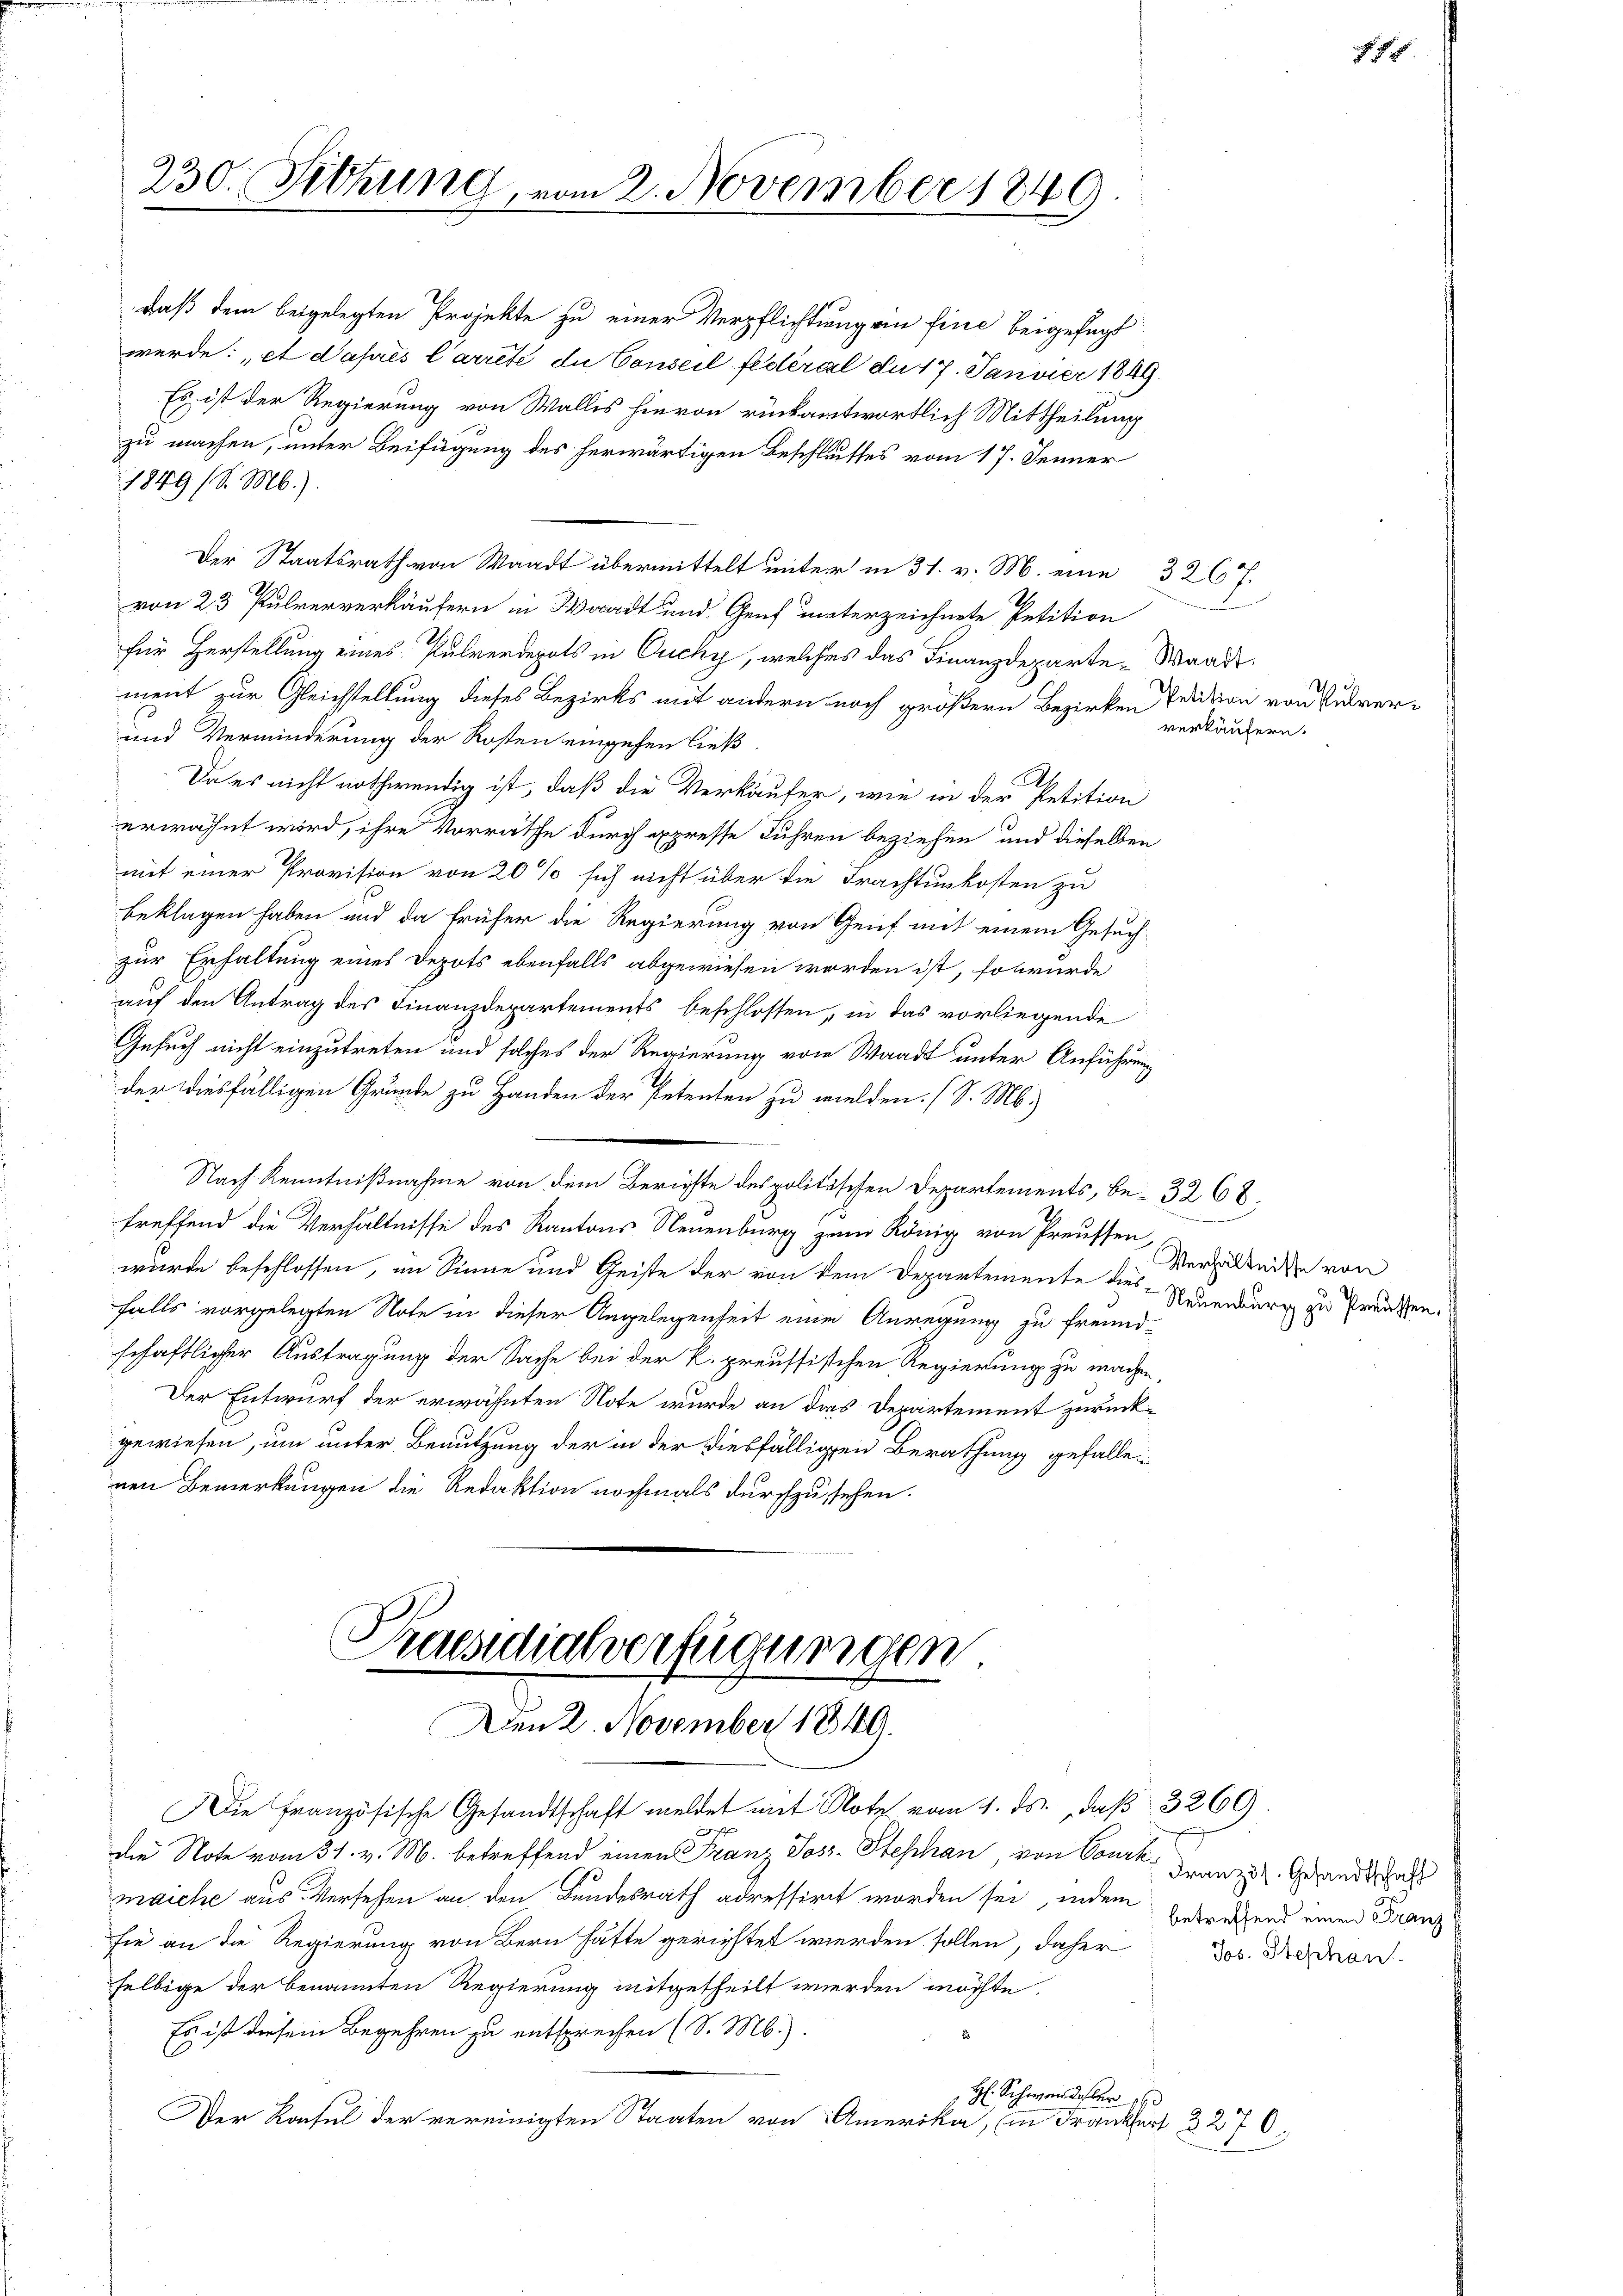
230. Sitzung, vom 2. November 1849

zu machen, unter Beifügung des herwärtigen Beschlusses vom 17. Jenner
1849 (S. M.).
Der Staatsrath von Waadt übermittelt unter in 31. v. M. eine 3267.
von 23 Pulververkäufern in Waadt und Genf unterzeichnete Petition
für Herstellung eines Pulverdepots in Buchy, welches das Finanzdeparte Waadt.
ment zur Gleichstellung dieses Bezirks mit andern noch größern Bezirken Petition von Vidver-
5
und Verminderung der Kosten eingehen ließ.
Da es nicht nothwendig ist, daß die Verkäufer, wie in der Petition
erwähnt wird, ihre Vorräthe durch expresse Fuhren beziehen, und dieselben
mit einer Provision von 20% sich nicht über die Trachtunkosten zu
beklagen haben und da früher die Regierung von Genf mit einem Gesuch
zur Erhaltung eines Depots ebenfalls abgewiesen worden ist, so wurde
auf den Antrag des Finanzdepartements beschlossen, in das vorliegende
Gesuch nicht einzutreten und solches der Regierung von Waadt unter Anführung
der diesfälligen Grunde zu Handen der Petenten zu wielden. (S. M.)
Nach Kenntnißnahme von dem Berichte des politischen Departements, be- 3268.
treffend die Verhältnisse des Kantons Neuenburg zum König von Preussen,
wurde beschlossen, im Sinne und Geiste der von dem Departemente dies Neuenburg zu Preussenfalls vorgelegten Note in dieser Angelegenheit eine Anregung zu freund-
schaftlicher Austragung der Sache bei der k. preussischen Regierung zu machen,
Der Entwurf der erwähnten Note wurde an das Departement zurückgewiesen, um unter Benutzung der in der diesfälligen Berathung gefallenen Bemerkungen die Redaktion nochmals durchzusehen.

daß dem beigelegten Projekte zu einer Verpflichtung ein fine beigefügt
werde: et Papres Carreté du Conseil fédéral an 17. Janvier 1849
Es ist der Regierung von Wallis hievon rückantwortlich Mittheilung

Praesidialverfügungen
Den 2. November 1849.

ie französische Gesandtschaft meldet mit Note vom 4. ds. daβ 3269.
3.
die Note vom 31. v. M. betreffend einen Franz Joss-Stephan, von Con Franz. Gesandtschaf
maiche aus Versehen an den Bundesrath adressirt worden sei, indem Erbrechend einen Franz
sie an die Regierung von Bern hätte gerichtet werden sollen, daher Jos. Bodnen
selbige der benannten Regierung mitgetheilt werden möchte,
Es ist diesem Begehren zu entsprechen (S. M.).
H: Schwerdeber 18
Der Konsul der vereinigten Staaten von Amerika, (in Frankfert 3270.

2
verkäufern.

a
Verhältnisse von